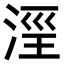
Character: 𣶖